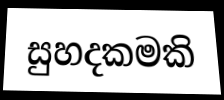
සුහදකමකි